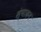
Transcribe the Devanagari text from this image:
स्ंपादन